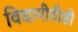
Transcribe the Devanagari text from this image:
विद्यापीठीशी